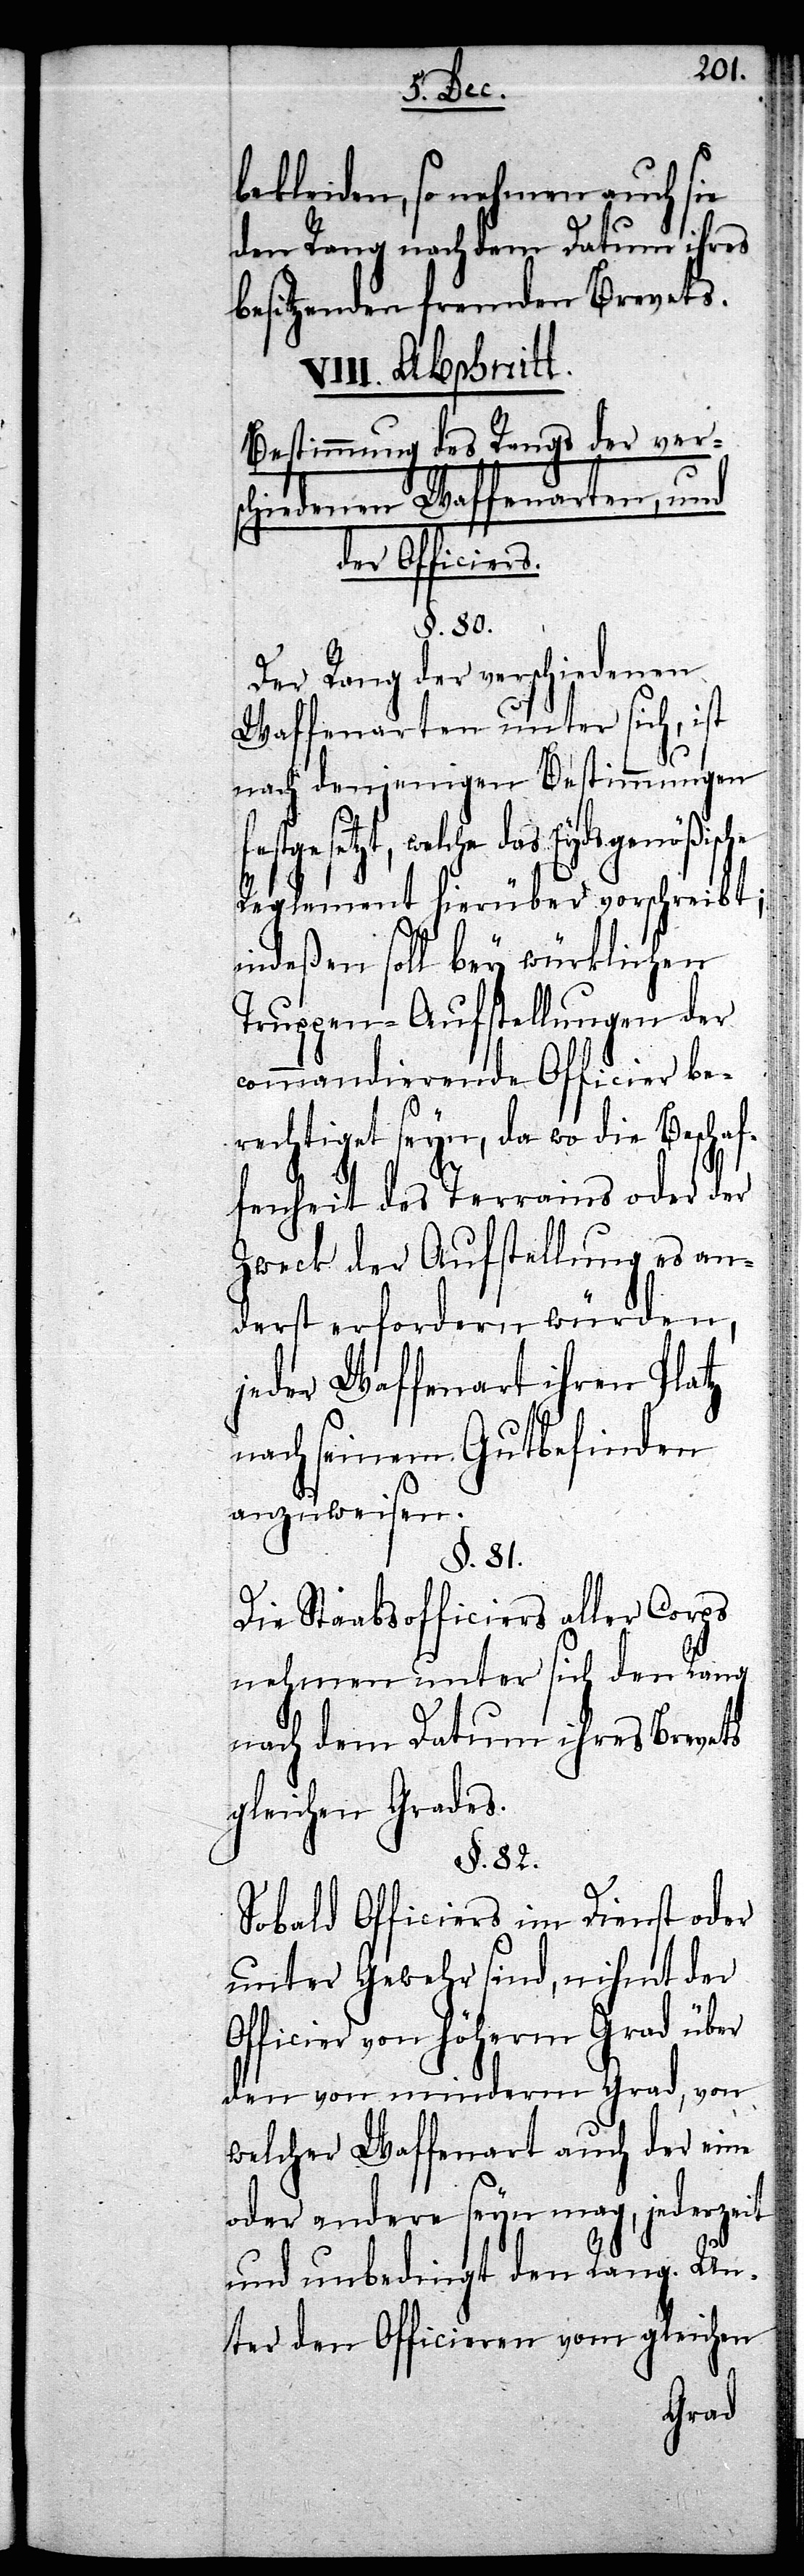
bekleiden, so nehmen auch sie
den Rang nach dem Datum ihres
besitzenden fremden Brevets.
Abschnitt.
Bestimmung des Rangs der ver¬
schiedenen Waffenarten, und
der Officiers.
§. 80.
Der Rang der verschiedenen
Waffenarten unter sich, ist
nach denjenigen Bestimmungen
welche das Eydsgenößische
Reglement hierüber vorschreibt;
indeßen soll bey würklichen
Truppen-Aufstellungen der
commandierende Officier be¬
rechtiget seyn, da wo die Beschaf¬
fenheit des Terrains oder der
Zweck der Aufstellung es an¬
derst erfordern würden,
jeder Waffenart ihren Platz
nach seinem Gutbefinden
anzuweisen.
§. 81.
Die Staabsofficiers aller Corps
nehmen unter sich den Rang
nach dem Datum ihres Brevets
gleichen Grades.
§. 82.
Sobald Officiers im Dienst oder
unter Gewehr sind, nihmt der
Officier von höherm Grad über
den von minderm Grad, von
welcher Waffenart auch der eine
oder andere seyn mag, jederzeit
und unbedingte den Rang. Un¬
ter den Officieren vom gleichen